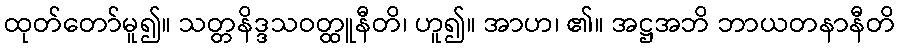
ထုတ်တော်မူ၍။ သတ္တနိဒ္ဒသဝတ္ထူနီတိ၊ ဟူ၍။ အာဟ၊ ၏။ အဋ္ဌအဘိ ဘာယတနာနီတိ